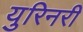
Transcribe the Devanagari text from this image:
युरिनरी